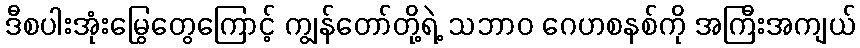
ဒီစပါးအုံးမြွေတွေကြောင့် ကျွန်တော်တို့ရဲ့ သဘာဝ ဂေဟစနစ်ကို အကြီးအကျယ်